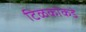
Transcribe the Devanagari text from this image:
टिळकांकडे